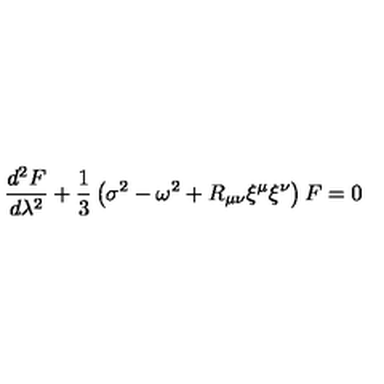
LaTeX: \frac { d ^ { 2 } F } { d \lambda ^ { 2 } } + \frac { 1 } { 3 } \left( \sigma ^ { 2 } - \omega ^ { 2 } + R _ { \mu \nu } \xi ^ { \mu } \xi ^ { \nu } \right) F = 0